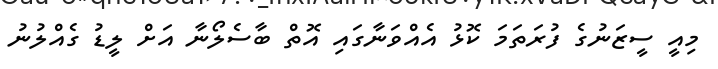
މިއީ ސީޒަނުގެ ފުރަތަމަ ކޮޅު އެއްވަނާގައި އޮތް ބާސެލޯނާ އަށް ލީޑު ގެއްލުނު